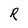
Character: R